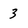
Character: 3